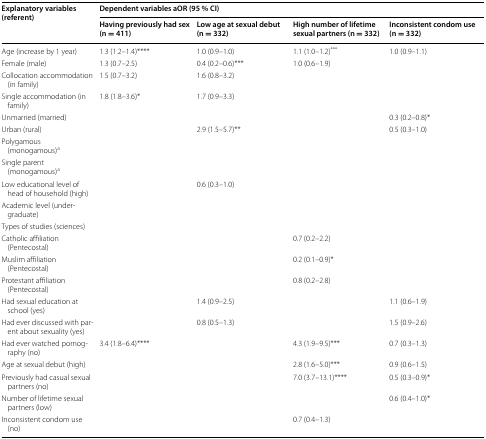
<table><thead><tr><td rowspan="2"><b>Explanatory variables (referent)</b></td><td colspan="4"><b>Dependent variables aOR (95 % CI)</b></td></tr><tr><td><b>Having previously had sex (n = 411)</b></td><td><b>Low age at sexual debut (n = 332)</b></td><td><b>High number of lifetime sexual partners (n = 332)</b></td><td><b>Inconsistent condom use (n = 332)</b></td></tr></thead><tbody><tr><td>Age (increase by 1 year)</td><td>1.3 (1.2–1.4)****</td><td>1.0 (0.9–1.0)</td><td>1.1 (1.0–1.2)<sup>***</sup></td><td>1.0 (0.9–1.1)</td></tr><tr><td>Female (male)</td><td>1.3 (0.7–2.5)</td><td>0.4 (0.2–0.6)***</td><td>1.0 (0.6–1.9)</td><td></td></tr><tr><td>Collocation accommodation (in family)</td><td>1.5 (0.7–3.2)</td><td>1.6 (0.8–3.2)</td><td></td><td></td></tr><tr><td>Single accommodation (in family)</td><td>1.8 (1.8–3.6)*</td><td>1.7 (0.9–3.3)</td><td></td><td></td></tr><tr><td>Unmarried (married)</td><td></td><td></td><td></td><td>0.3 (0.2–0.8)*</td></tr><tr><td>Urban (rural)</td><td></td><td>2.9 (1.5–5.7)**</td><td></td><td>0.5 (0.3–1.0)</td></tr><tr><td>Polygamous (monogamous)<sup>a</sup></td><td></td><td></td><td></td><td></td></tr><tr><td>Single parent (monogamous)<sup>a</sup></td><td></td><td></td><td></td><td></td></tr><tr><td>Low educational level of head of household (high)</td><td></td><td>0.6 (0.3–1.0)</td><td></td><td></td></tr><tr><td>Academic level (undergraduate)</td><td></td><td></td><td></td><td></td></tr><tr><td>Types of studies (sciences)</td><td></td><td></td><td></td><td></td></tr><tr><td>Catholic affiliation (Pentecostal)</td><td></td><td></td><td>0.7 (0.2–2.2)</td><td></td></tr><tr><td>Muslim affiliation (Pentecostal)</td><td></td><td></td><td>0.2 (0.1–0.9)*</td><td></td></tr><tr><td>Protestant affiliation (Pentecostal)</td><td></td><td></td><td>0.8 (0.2–2.8)</td><td></td></tr><tr><td>Had sexual education at school (yes)</td><td></td><td>1.4 (0.9–2.5)</td><td></td><td>1.1 (0.6–1.9)</td></tr><tr><td>Had ever discussed with parent about sexuality (yes)</td><td></td><td>0.8 (0.5–1.3)</td><td></td><td>1.5 (0.9–2.6)</td></tr><tr><td>Had ever watched pornography (no)</td><td>3.4 (1.8–6.4)****</td><td></td><td>4.3 (1.9–9.5)***</td><td>0.7 (0.3–1.3)</td></tr><tr><td>Age at sexual debut (high)</td><td></td><td></td><td>2.8 (1.6–5.0)***</td><td>0.9 (0.6–1.5)</td></tr><tr><td>Previously had casual sexual partners (no)</td><td></td><td></td><td>7.0 (3.7–13.1)****</td><td>0.5 (0.3–0.9)*</td></tr><tr><td>Number of lifetime sexual partners (low)</td><td></td><td></td><td></td><td>0.6 (0.4–1.0)*</td></tr><tr><td>Inconsistent condom use (no)</td><td></td><td></td><td>0.7 (0.4–1.3)</td><td></td></tr></tbody></table>